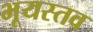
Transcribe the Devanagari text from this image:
भूयस्तव